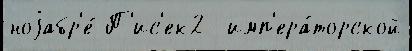
ноjабр'е́ П'ис'ек2  имп'ера́торской